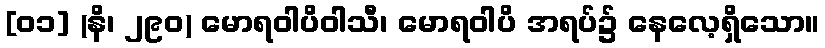
[၀၁] (နိ၊ ၂၉၀) မောရဝါပိဝါသီ၊ မောရဝါပိ အရပ်၌ နေလေ့ရှိသော။